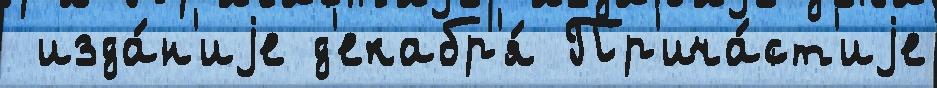
 изда́н'иjе д'екабр'я́ Пр'ича́ст'иjе